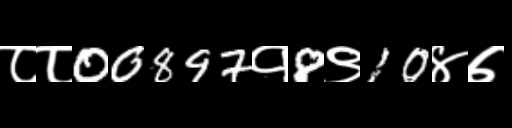
Text: ८८00897१8९10४७